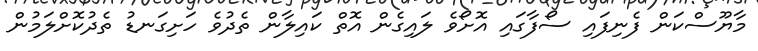
މާޔޫސްކަން ފެނިފައި ސޯފާގައި އޮށޯވެ ލައިގެން އޮތް ކައިލާން ތެދުވެ ހަށިގަނޑު ތެދުކޮށްލަމުން